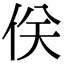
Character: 𠈪